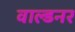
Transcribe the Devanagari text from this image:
वाल्डनर